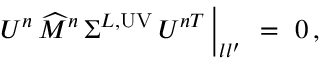
U ^ { n } \, \widehat { M } ^ { n } \, \Sigma ^ { L , \mathrm { U V } } \, U ^ { n T } \, \Big | _ { l l ^ { \prime } } \ = \ 0 \, ,